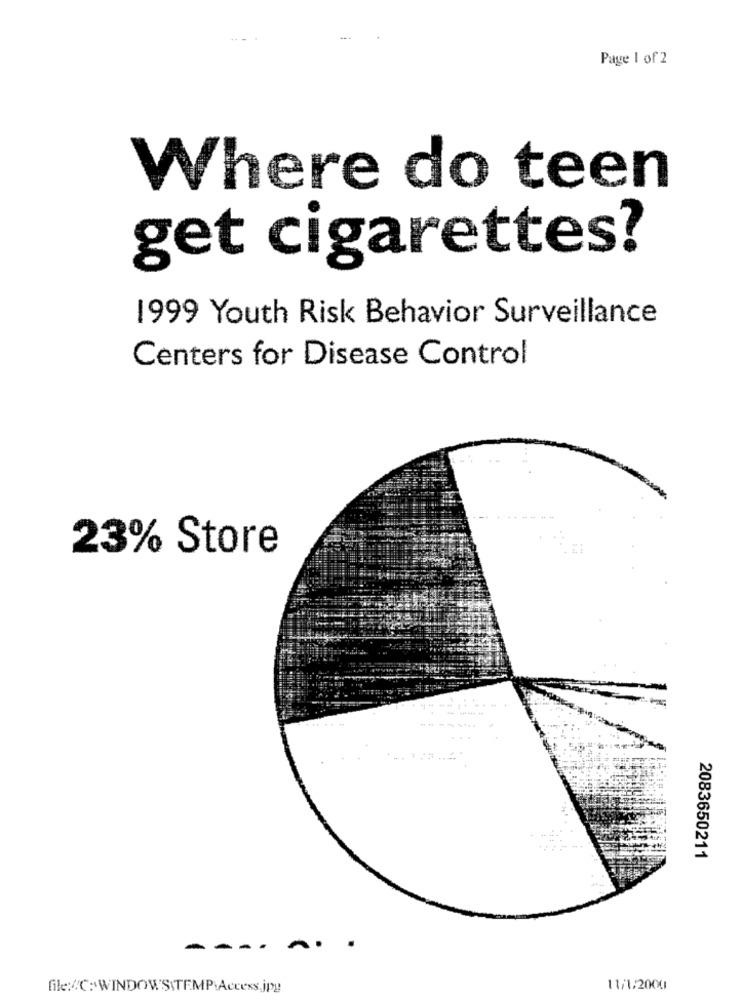
Page 1 of 2
Where do teen
get cigarettes?
1999 Youth Risk Behavior Surveillance
Centers for Disease Control
23% Store
. ......
2083650211
---
file:/C:\WINDOWS\TEMP.Access.jpg
11/1/2000